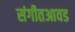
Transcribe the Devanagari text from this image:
संगीतआवड